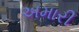
અમારી